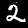
Label: 2